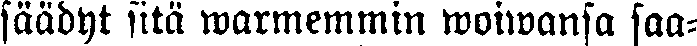
säädyt sitä warmemmin woiwansa saa-